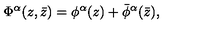
\Phi ^ { \alpha } ( z , \bar { z } ) = \phi ^ { \alpha } ( z ) + \bar { \phi } ^ { \alpha } ( \bar { z } ) ,